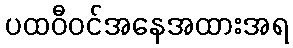
ပထဝီဝင်အနေအထားအရ